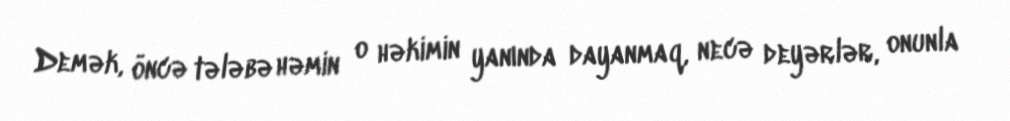
Demək, öncə tələbə həmin o həkimin yanında dayanmaq, necə deyərlər, onunla